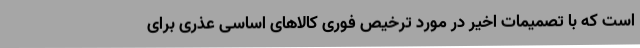
است که با تصمیمات اخیر در مورد ترخیص فوری کالاهای اساسی عذری برای